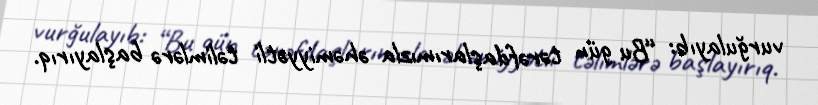
vurğulayıb: “Bu gün tərəfdaşlarımızla əhəmiyyətli təlimlərə başlayırıq.